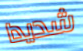
شديدا